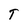
Character: T